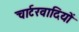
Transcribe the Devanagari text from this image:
चार्टरवादियों